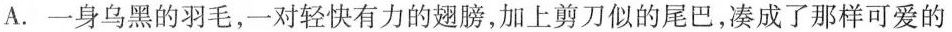
A.一身乌黑的羽毛，一对轻快有力的翅膀，加上剪刀似的尾巴，凑成了那样可爱的